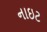
નાઇટ